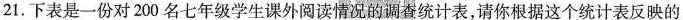
21.下表是一份对200名七年级学生课外阅读情况的调查统计表，请你根据这个统计表反映的